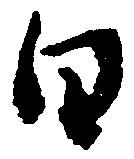
日